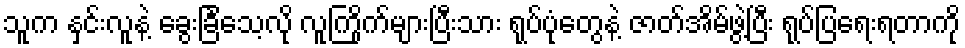
သူက နှင်းလူနဲ့ ခွေးခြင်္သေ့လို လူကြိုက်များပြီးသား ရုပ်ပုံတွေနဲ့ ဇာတ်အိမ်ဖွဲ့ပြီး ရုပ်ပြရေးရတာကို